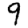
Digit: 9